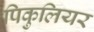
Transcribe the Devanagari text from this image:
पिकुलियर